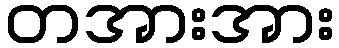
တအားအား